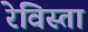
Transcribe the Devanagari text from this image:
रेविस्ता